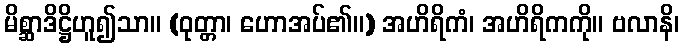
မိစ္ဆာဒိဋ္ဌိဟူ၍သာ။ (ဝုတ္တာ၊ ဟောအပ်၏။) အဟိရိကံ၊ အဟိရိကကို။ ဗလာနိ၊